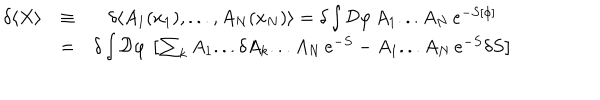
\begin{array} { c c c } { { \delta \langle X \rangle } } & { { \equiv } } & { { \delta \langle A _ { 1 } ( x _ { 1 } ) , . . . , A _ { N } ( x _ { N } ) \rangle = \delta \int { \cal D } \varphi \, A _ { 1 } . . . A _ { N } \, e ^ { - S [ \phi ] } } } \\ { { } } & { { = } } & { { \delta \int { \cal D } \varphi \, \left[ \sum _ { k } A _ { 1 } . . . \delta A _ { k } . . . A _ { N } \, e ^ { - S } - A _ { 1 } . . . A _ { N } \, e ^ { - S } \delta S \right] } } \\ \end{array}